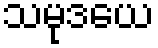
သမုဒယေ